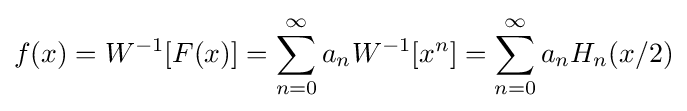
f(x)=W^{-1}[F(x)]=\sum _{n=0}^{\infty }a_{n}W^{-1}[x^{n}]=\sum _{n=0}^{\infty }a_{n}H_{n}(x/2)